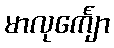
မာလုင်္ကျော